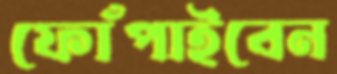
ফোঁপাইবেন